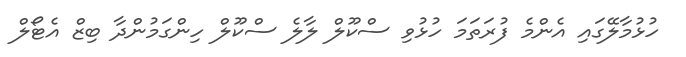
ހުޅުމާލޭގައި އެންމެ ފުރަތަމަ ހުޅުވި ސްކޫލް ލާލެ ސްކޫލް ހިންގަމުންދާ ބިޒް އެޓޯލް